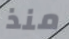
منذ